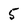
Character: 5